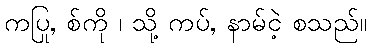
ကပြု, စ်ကို ၊ သို့ ကပ်, နာမ်ငဲ့ စသည်။